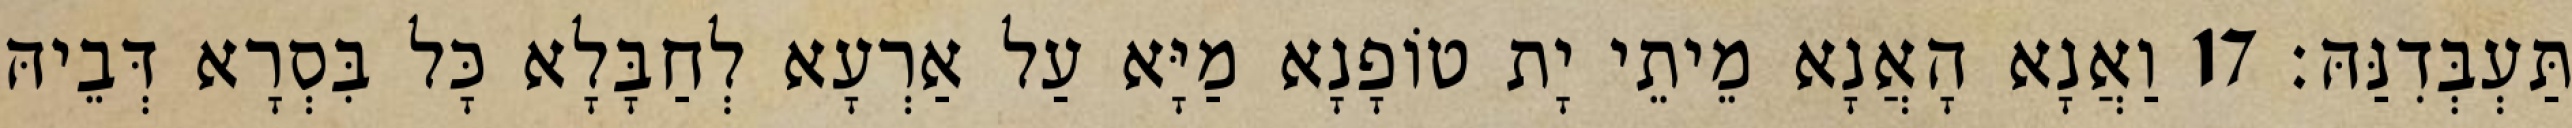
תַּעְבְּדִנַּהּ׃ 17 וַאֲנָא הָאֲנָא מֵיתֵי יָת טוֹפָנָא מַיָּא עַל אַרְעָא לְחַבָּלָא כָּל בִּסְרָא דְּבֵיהּ